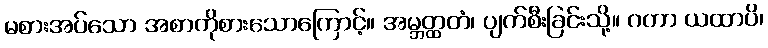
မစားအပ်သော အစာကိုစားသောကြောင့်။ အမ္ဘတ္ထတံ၊ ပျက်စီးခြင်းသို့။ ဂတာ ယထာပိ၊